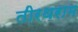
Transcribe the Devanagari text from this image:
तीरथराम